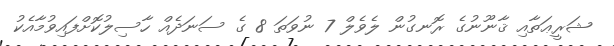
ޝަރީޢަތާއި ޤާނޫނުގެ ރޮނގުން ލެވެލް 7 ނުވަތަ 8 ގެ ސަނަދެއް ހާސިލުކޮށްފައިވުމާއެކު